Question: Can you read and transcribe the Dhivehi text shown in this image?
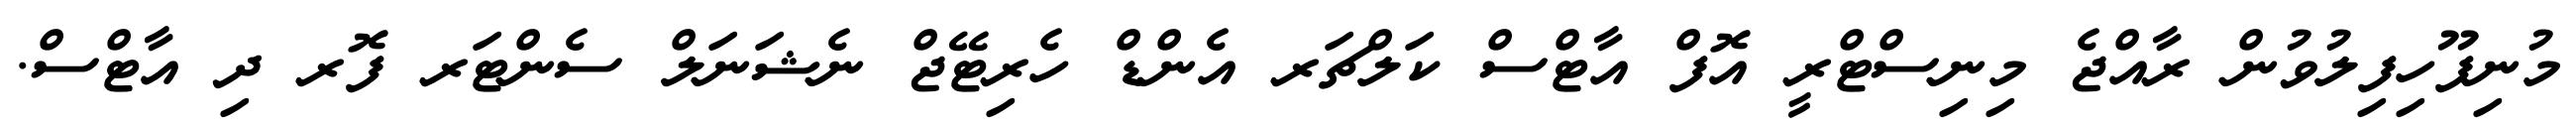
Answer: މުނިފޫހިފިލުވުން ރާއްޖެ މިނިސްޓްރީ އޮފް އާޓްސް ކަލްޗަރ އެންޑް ހެރިޓޭޖް ނެޝަނަލް ސެންޓަރ ފޮރ ދި އާޓްސް.